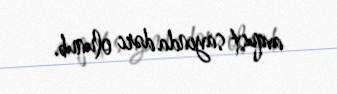
avqust sayında dərc olunub.